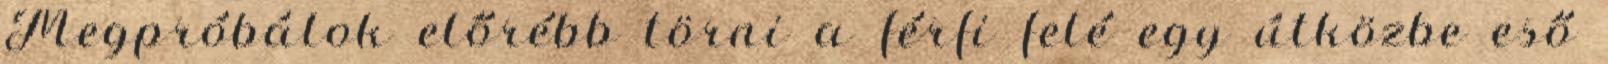
Megpróbálok előrébb törni a férfi felé egy útközbe eső